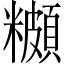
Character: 𬖾